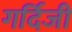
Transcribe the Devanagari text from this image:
गर्दिजी